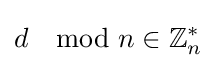
d\mod n\in \mathbb {Z} _{n}^{*}